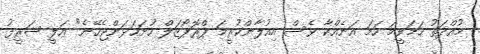
މުއްދަތު ހަމަވީމަ ހަމަ އަނެއްކާ ވެސް އިއުލާންކުރީމަ ޕްރޮޕޯޒަލް ހުށަހަޅަންޖެހޭނެ" އަލީ ޝަރީފު